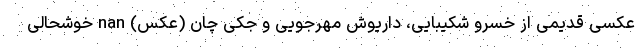
عکسی قدیمی از خسرو شکیبایی، داریوش مهرجویی و جکی چان (عکس) nan خوشحالی